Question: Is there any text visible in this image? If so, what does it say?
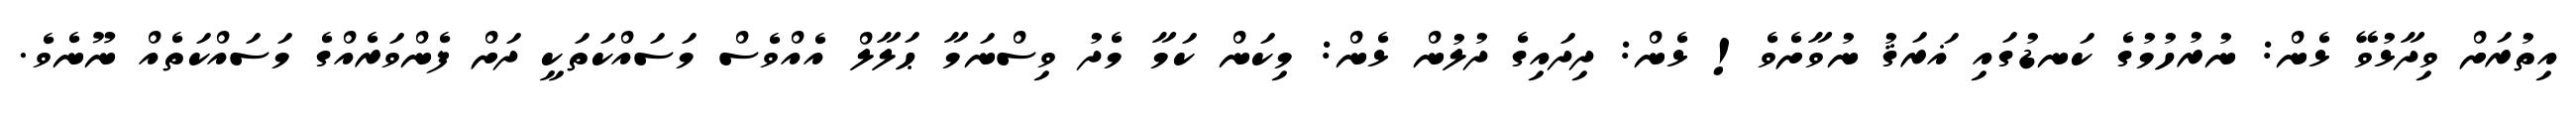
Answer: އިތުރަށް ވިދާޅުވޭ ޅެން: ނުރުހުމުގެ ކަނޑުގައި ޣަރަޤު ނުވާށެވެ! ޅެން: ދިދައިގެ ދުލުން ޅެން: މިކަން ކަމާ މެދު ވިސްނަމާ ޙަލާލް އެއްވެސް މަސައްކަތަކީ ދަށް ފެންވަރެއްގެ މަސައްކަތެއް ނޫނެވެ.